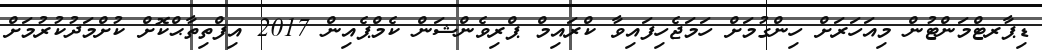
ޑިޕާރޓްމަންޓުން މިއަހަރަށް ހިންގުމަށް ހަމަޖެހިފައިވާ ކްރައިމް ޕްރިވެންޝަން ކެމްޕެއިން 2017 އިފްތިތާޙްކޮށް ކުށްމަދުކުރުމަށް